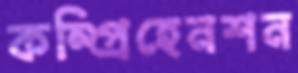
কম্প্রিহেনশন